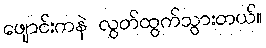
ဖျောင်းကနဲ လွတ်ထွက်သွားတယ်။